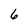
Character: 6